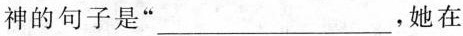
神的句子是”___，她在